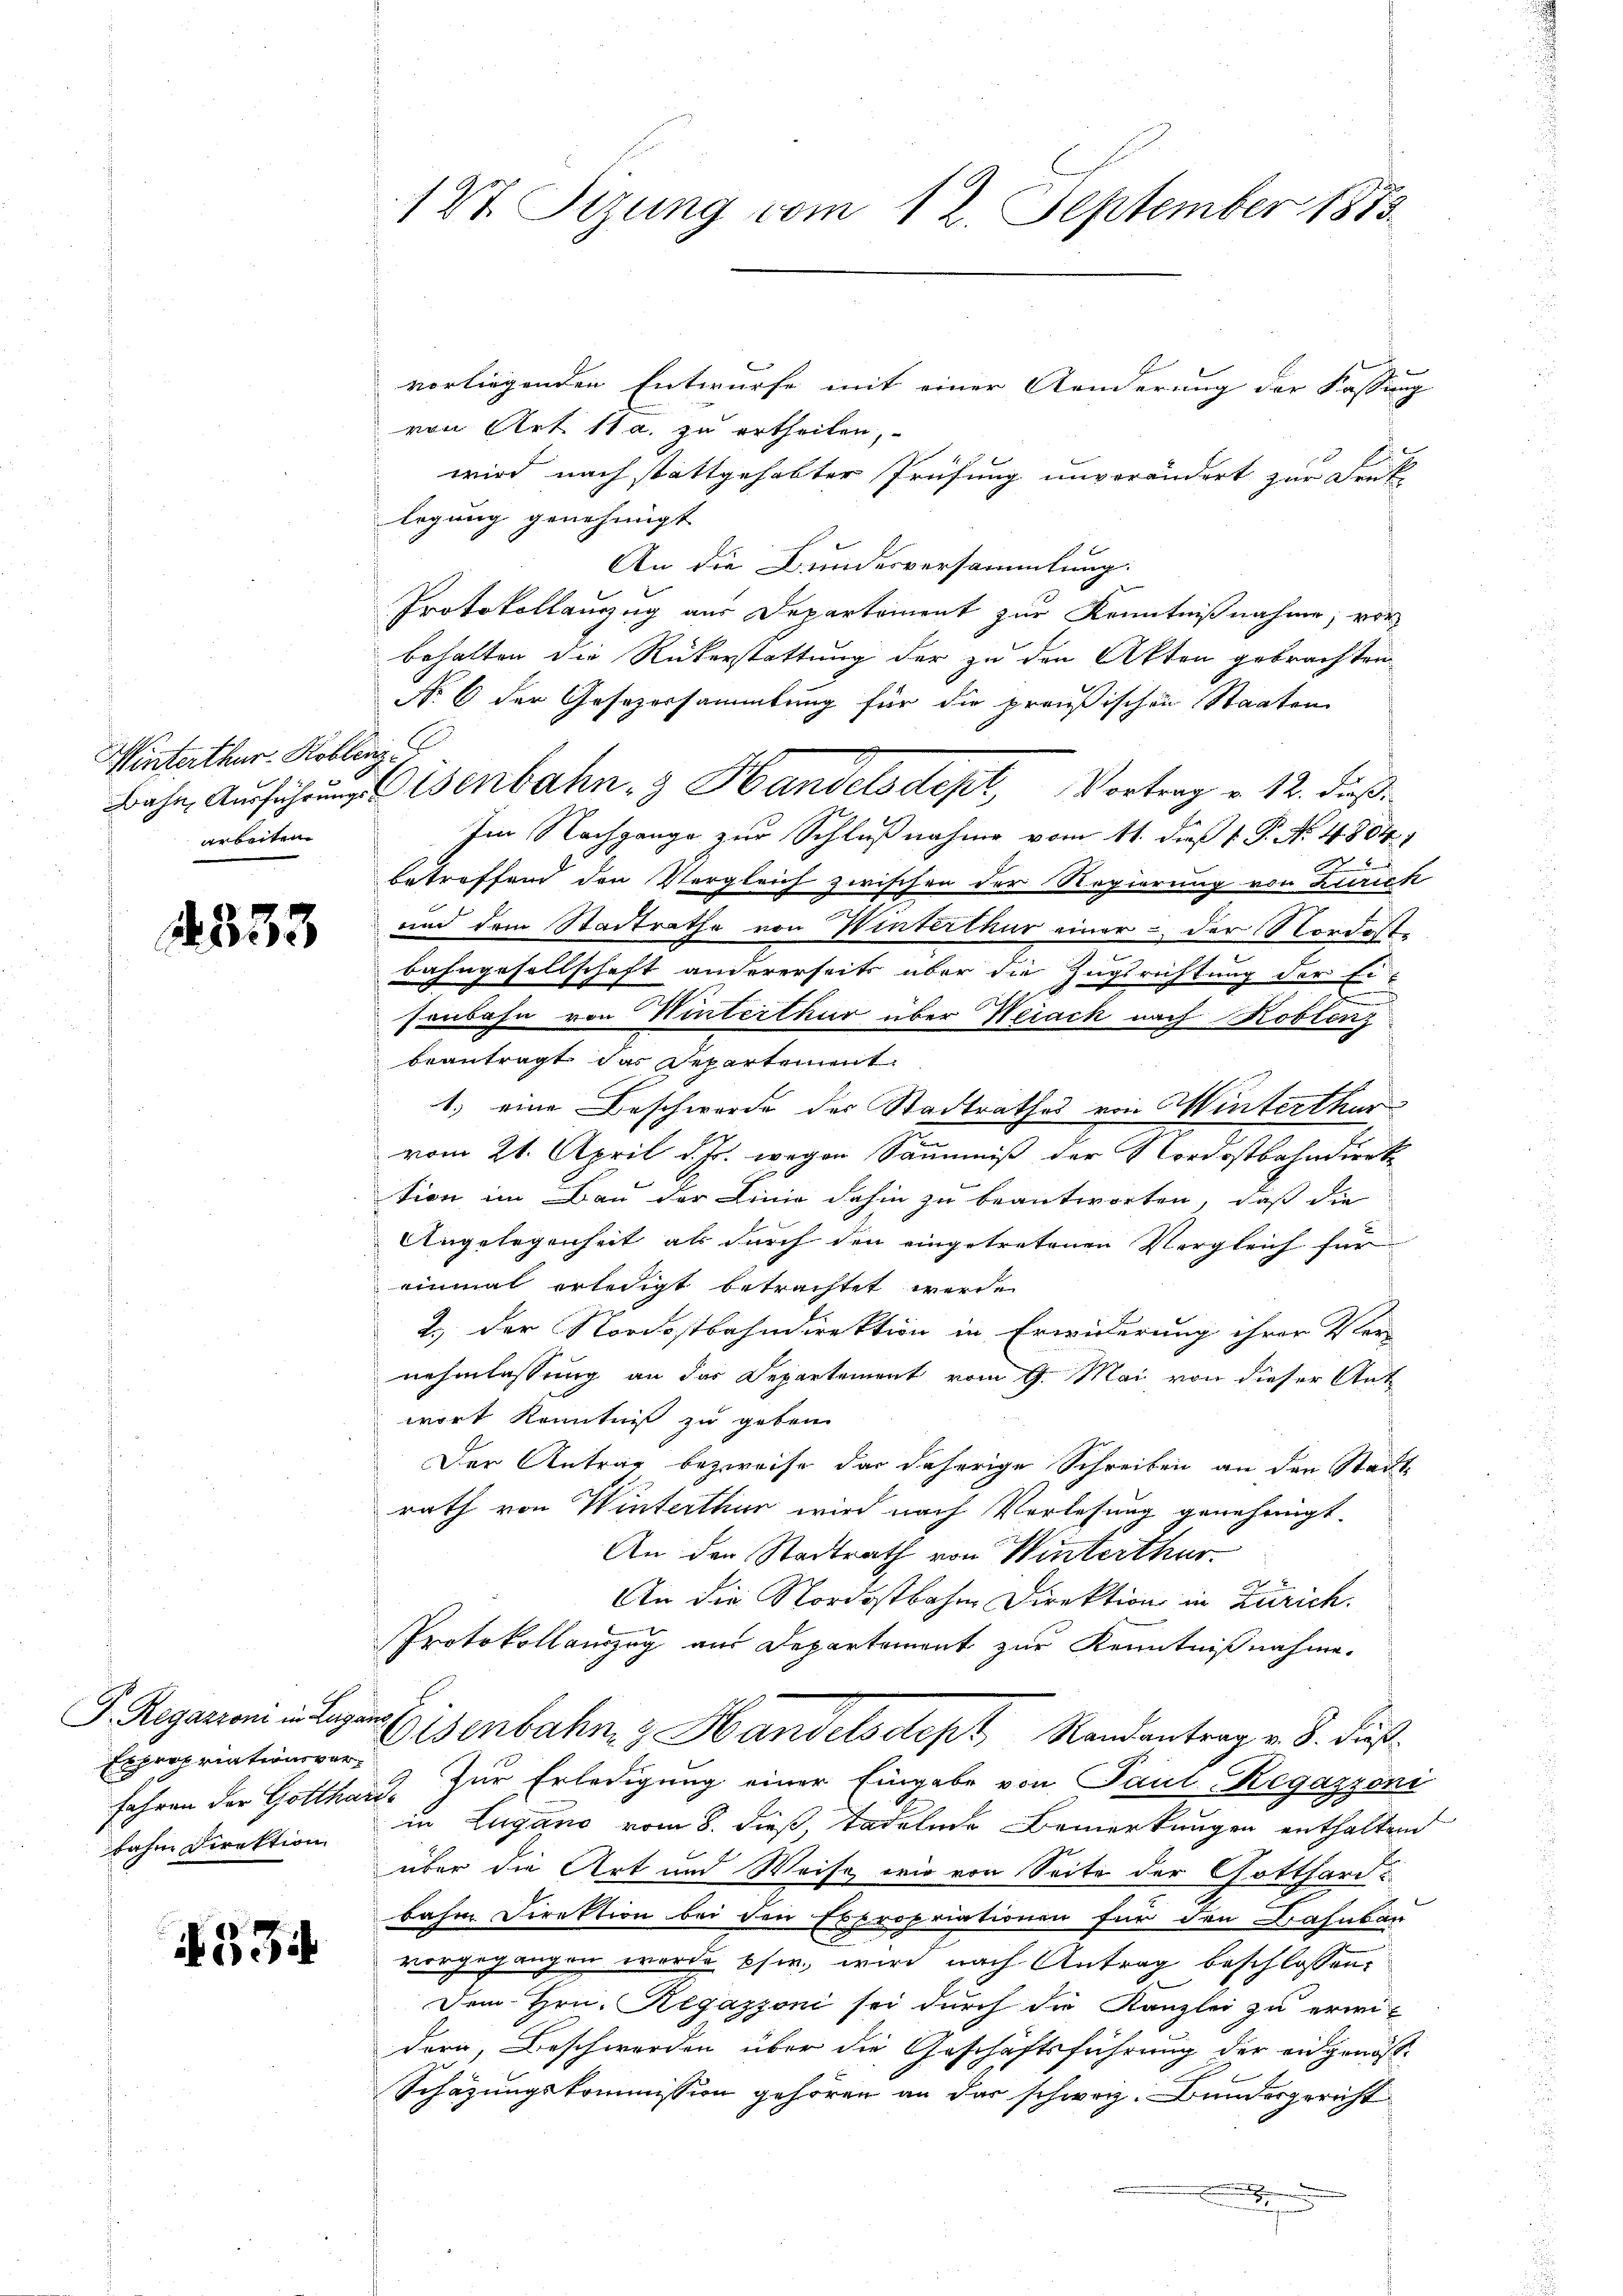
Winterthur Koble
Bahn, Ausführungs
arbeiten

d 333

F. Regazzoni in Lugano.
Expropriationsverbahne Direktion

534

127 Sizung vom 12. September 1883

vorliegenden Entwurfe mit einer Aenderung der Fassung
von Art. 11 a. zu ertheilen,
wird nach stattgehabter Prüfung unverändert zur Druk-
legung genehmigt
An die Bundesversammlung:
Protokollauszug aus Departement zur Kenntnißnahme, vor
behalten die Rükerstattung der zu den Akten gebrachten
No. 6 der Gesezessammlung für die preußischen Staaten
u
Disenbahn- & Handelsdept, Vortrag v. 12. dieß
Im Nachgange zur Schlußnahme vom 11. dieß 1 P. No. 4804. 1
betreffend den Vergleich zwischen der Regierung von Zürich
und dem Stadtrathe von Winterthur einer - der Nordost
s
Bahngesellschaft andererseits über die Zugsrichtung der Ers
sonbahn von Winterthur über Weiack nach Koblenz
beantragt das Departement
1.) eine Beschwerde der Stadtrathes von Winterthur
vom 21. April d. Js. wegen Säumniß der Nordostbahndierte
tion im Bau der Linie dahin zu beantworten, daß die
Angelegenheit als durch den eingetretenen Vergleich für
einmal erledigt betrachtet werde.
2.) Der Nordostbahndirektion in Erwiderung ihrer Ver-
nehmlassung an das Departement vom 9. Mai von dieser Ant
wort Kenntniß zu geben.
Der Antrag bezweife das daherige Schreiben an den Stadtrath von Winterthur wird nach Vorlesung genehmigt.
An den Stadtrath von Winterthur.
An die Nordostbahne Direktion in Zürich.
Protokollauszug aus Departement zur Kenntnißnahme.
Eisenbahn, z. Handelsdept, Randentrag v. 8. Fuß.
fahren der Gotthard. Zur Erledigung einer Eingabe von Paul Regazzoni
in Lugano vom 8. dieß, tadelnde Bemerkungen enthalten
über die Art und Weise wir von Seite der Gotthardt
bahn Direktion bei den Expropriationen für den Bahnbar
vorgegangen werde sie, wird nach Antrag beschlossen,
Dem Hrn. Regazzoni sei durch die Kanzlei zu erwidern, Beschwerden über die Geschäftsführung der angenös-
Schazungskommission gehören an das schweiz. Bundesgericht
.
|
.